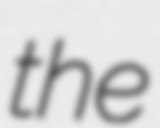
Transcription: the